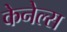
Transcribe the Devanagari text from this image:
केनेल्स